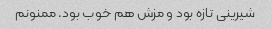
شیرینی تازه بود و مزش هم خوب بود. ممنونم